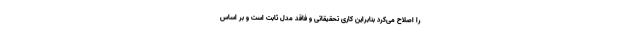
را اصلاح می‌کرد بنابراین کاری تحقیقاتی و فاقد مدل ثابت است و بر اساس